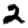
Digit: 2